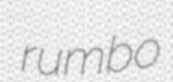
rumbo